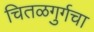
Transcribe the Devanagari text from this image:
चितळगुर्गचा